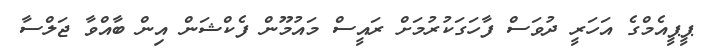
ޕީޕީއެމްގެ އަހަރީ ދުވަސް ފާހަަގަކުުރުމަށް ރައީސް މައުމޫން ފެކްޝަން އިން ބާއްވާ ޖަލްސާ